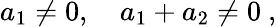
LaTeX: a_{1}\neq 0,\quad a_{1}+a_{2}\neq 0\ ,